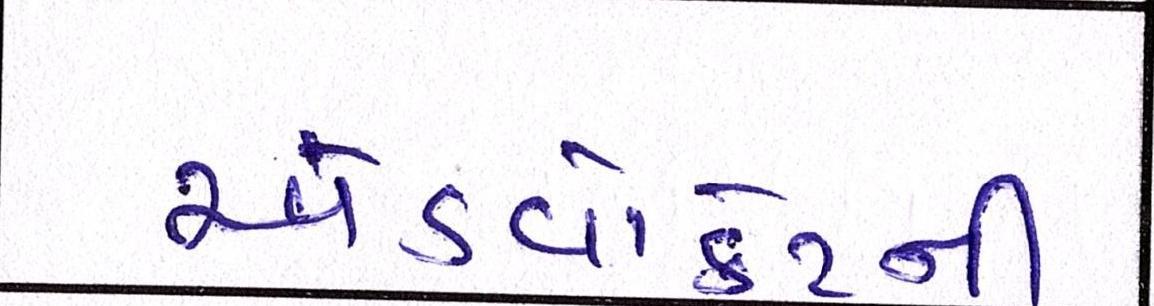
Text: એડ્વોકેટની